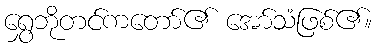
ရွှေဘိုတင်ကတော်၏ အော်သံဖြစ်၏။